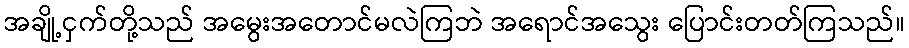
အချို့ငှက်တို့သည် အမွေးအတောင်မလဲကြဘဲ အရောင်အသွေး ပြောင်းတတ်ကြသည်။